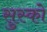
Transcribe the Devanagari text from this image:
सुस्को